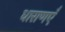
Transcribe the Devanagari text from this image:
धाराणएँ